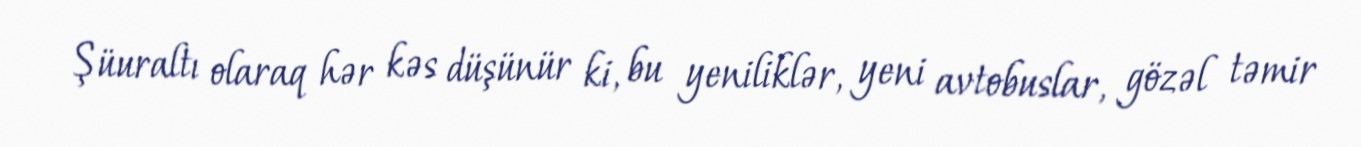
Şüuraltı olaraq hər kəs düşünür ki, bu yeniliklər, yeni avtobuslar, gözəl təmir